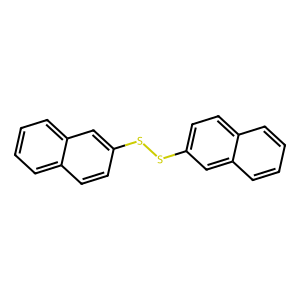
SMILES: c1ccc2cc(SSc3ccc4ccccc4c3)ccc2c1
Inhibits HIV replication: No